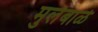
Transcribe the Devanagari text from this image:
मुलेबाळे